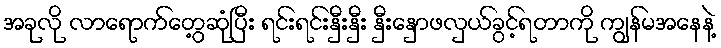
အခုလို လာရောက်တွေ့ဆုံပြီး ရင်းရင်းနှီးနှီး နှီးနှောဖလှယ်ခွင့်ရတာကို ကျွန်မအနေနဲ့